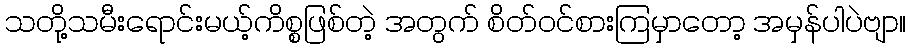
သတို့သမီးရောင်းမယ့်ကိစ္စဖြစ်တဲ့ အတွက် စိတ်ဝင်စားကြမှာတော့ အမှန်ပါပဲဗျာ။